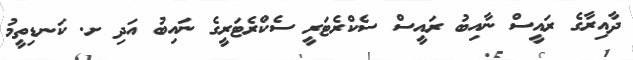
ދާއިރާގެ ރައީސް ނާއިބު ރައީސް ސެކްރެޓަރީ ސެކްރެޓަރީގެ ނައިބު އަދި ށ. ކަނޑިތީމު